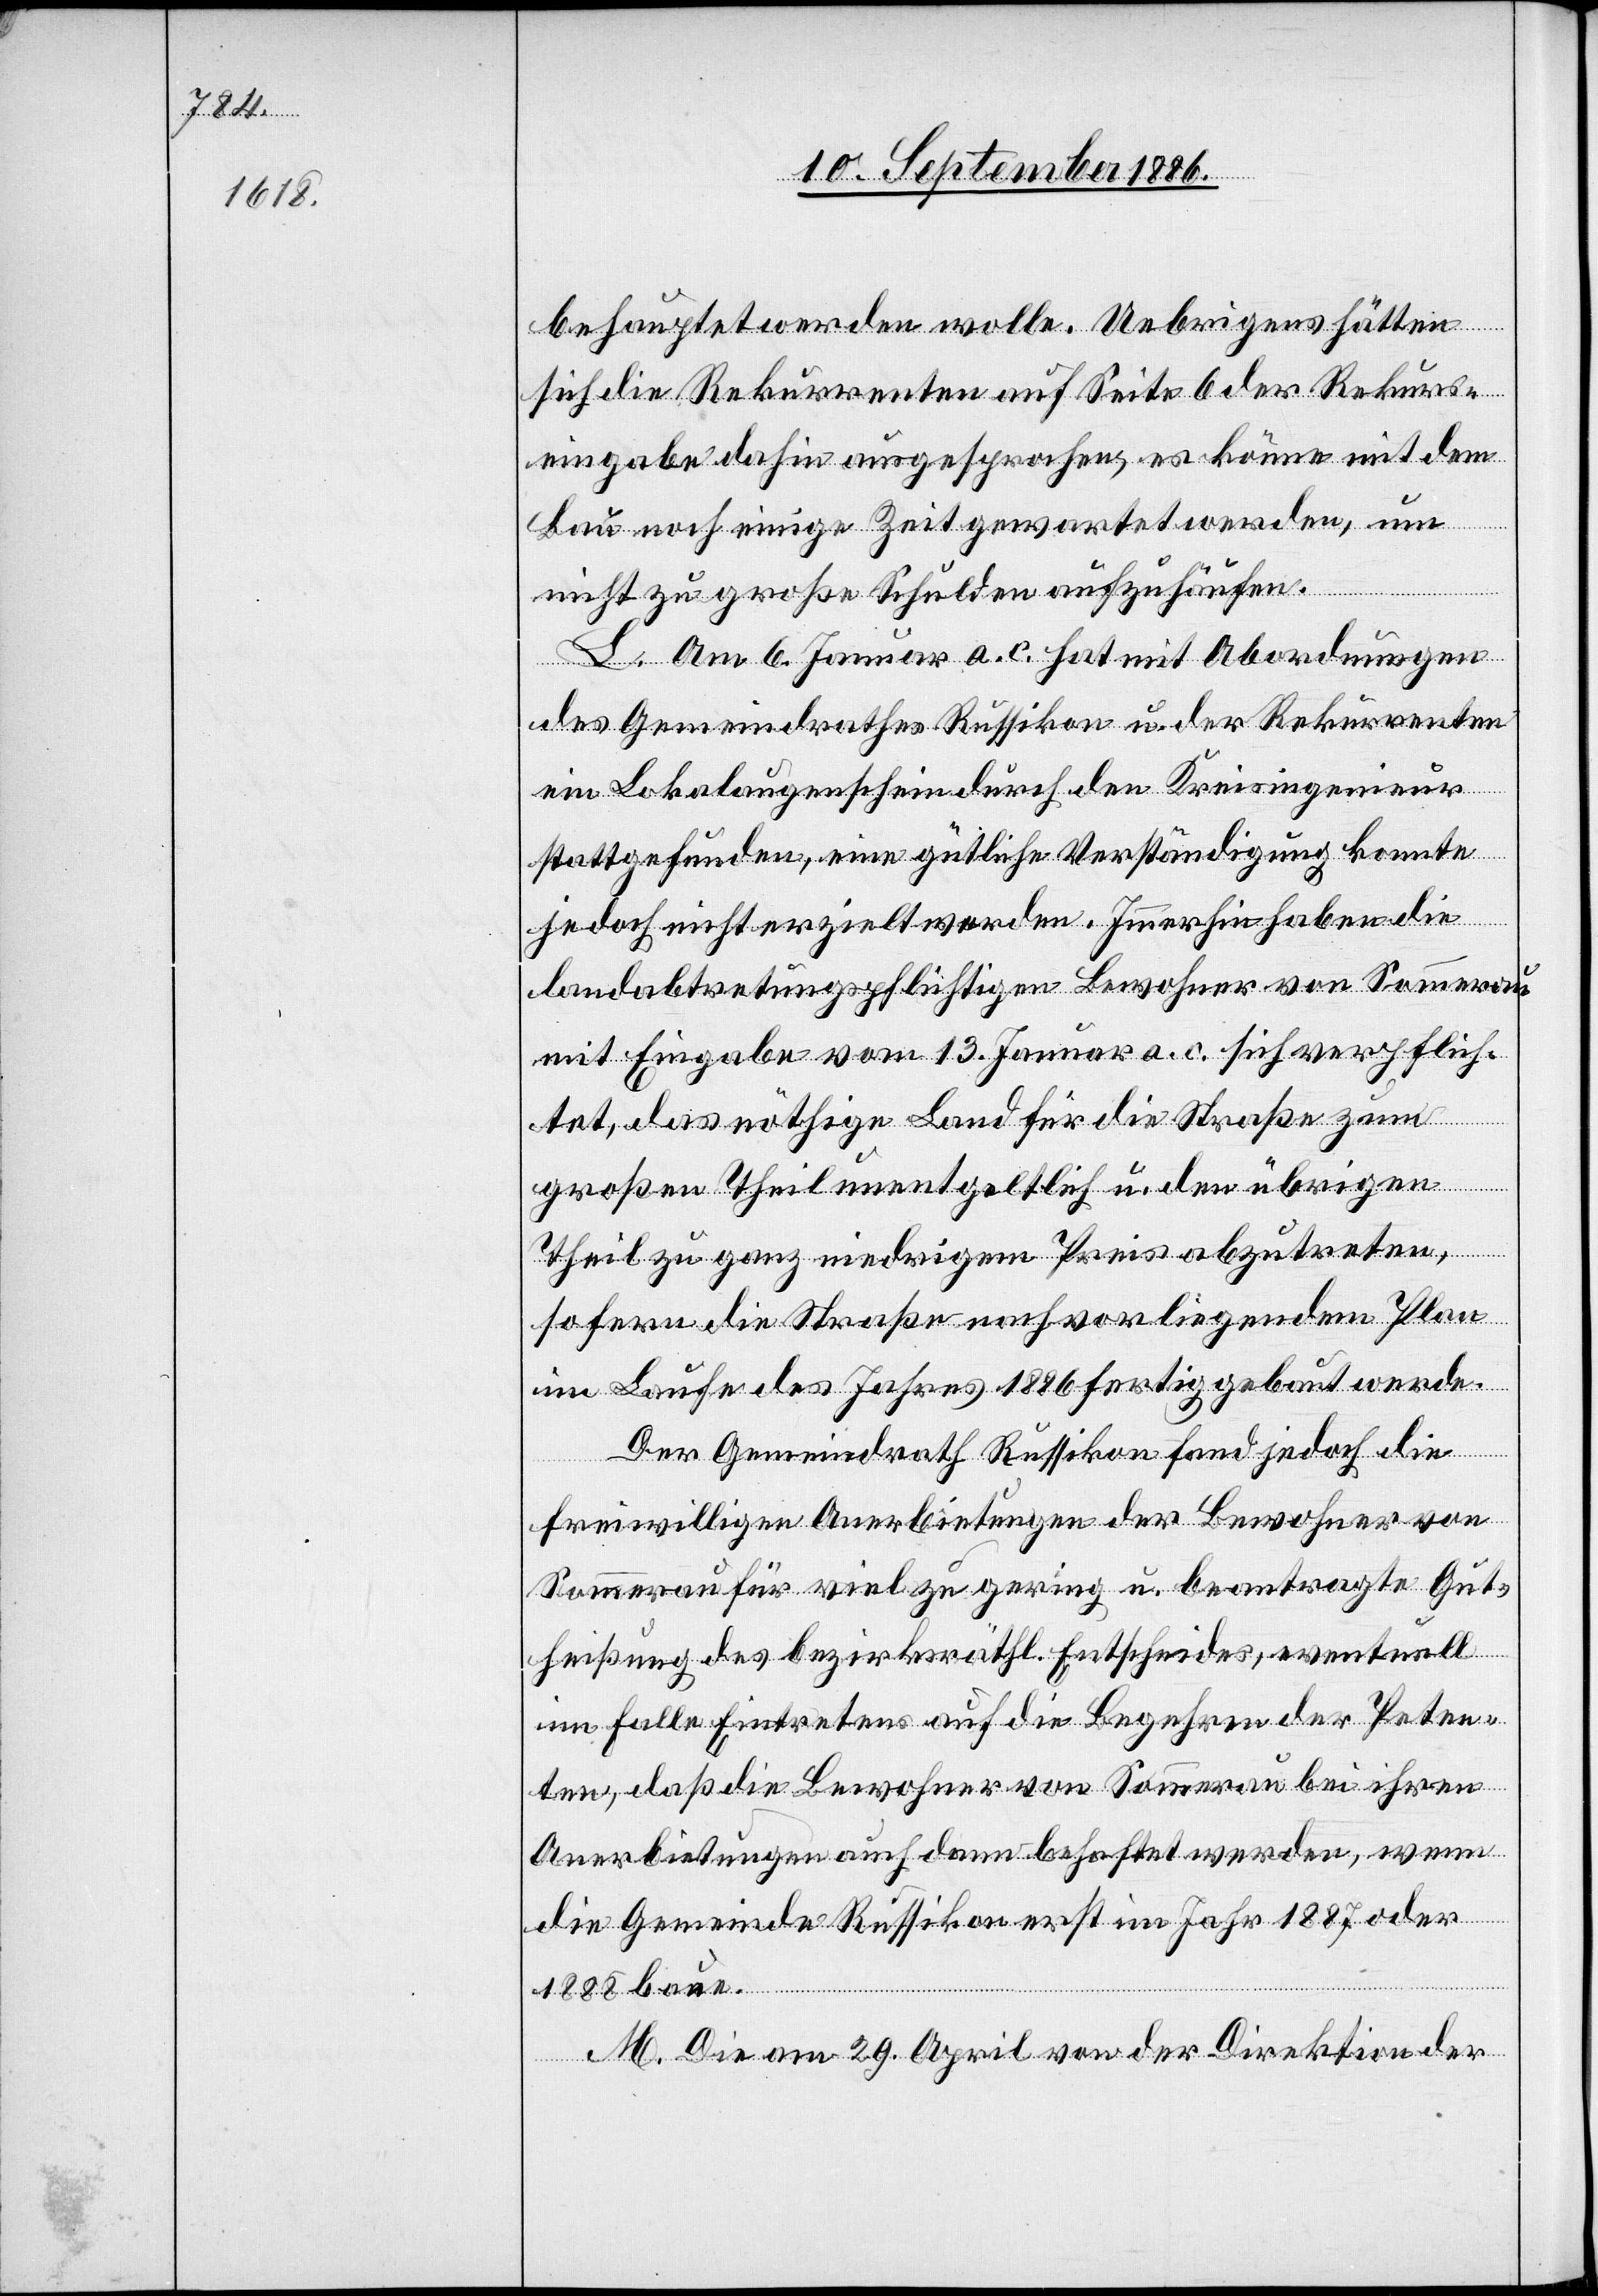
behauptet werden wolle. Uebrigens hätten
sich die Rekurrenten auf Seite 6 der Rekurs¬
eingabe dahin ausgesprochen, es könne mit dem
Bau noch einige Zeit gewartet werden, um
nicht zu große Schulden aufzuhäufen.
L. Am 6. Januar a. c. hat mit Abordnungen
des Gemeindrathes Russikon u. der Rekurrenten
ein Lokalaugenschein durch den Kreisingenieur
stattgefunden, eine gütliche Verständigung konnte
jedoch nicht erzielt werden. Immerhin haben die
landabtretungspflichtigen Bewohner von Sommerau
mit Eingabe vom 13. Januar a. c. sich verpflich¬
tet, das nöthige Land für die Straße zum
großen Theil unentgeltlich u. den übrigen
Theil zu ganz niedrigem Preis abzutreten,
sofern die Straße nach vorliegendem Plan
im Laufe des Jahres 1886 fertig gebaut werde.
Der Gemeindrath Russikon fand jedoch die
freiwilligen Anerbietungen der Bewohner von
Sommerau für viel zu gering u. beantragte Gut¬
heißung des bezirksräthl. Entscheides, eventuell
im Falle Eintretens auf die Begehren der Peten¬
ten, daß die Bewohner von Sommerau bei ihren
Anerbietungen auch dann behaftet werden, wenn
die Gemeinde Russikon erst im Jahr 1887 oder
1888 baue.
M. Die am 29. April von der Direktion der